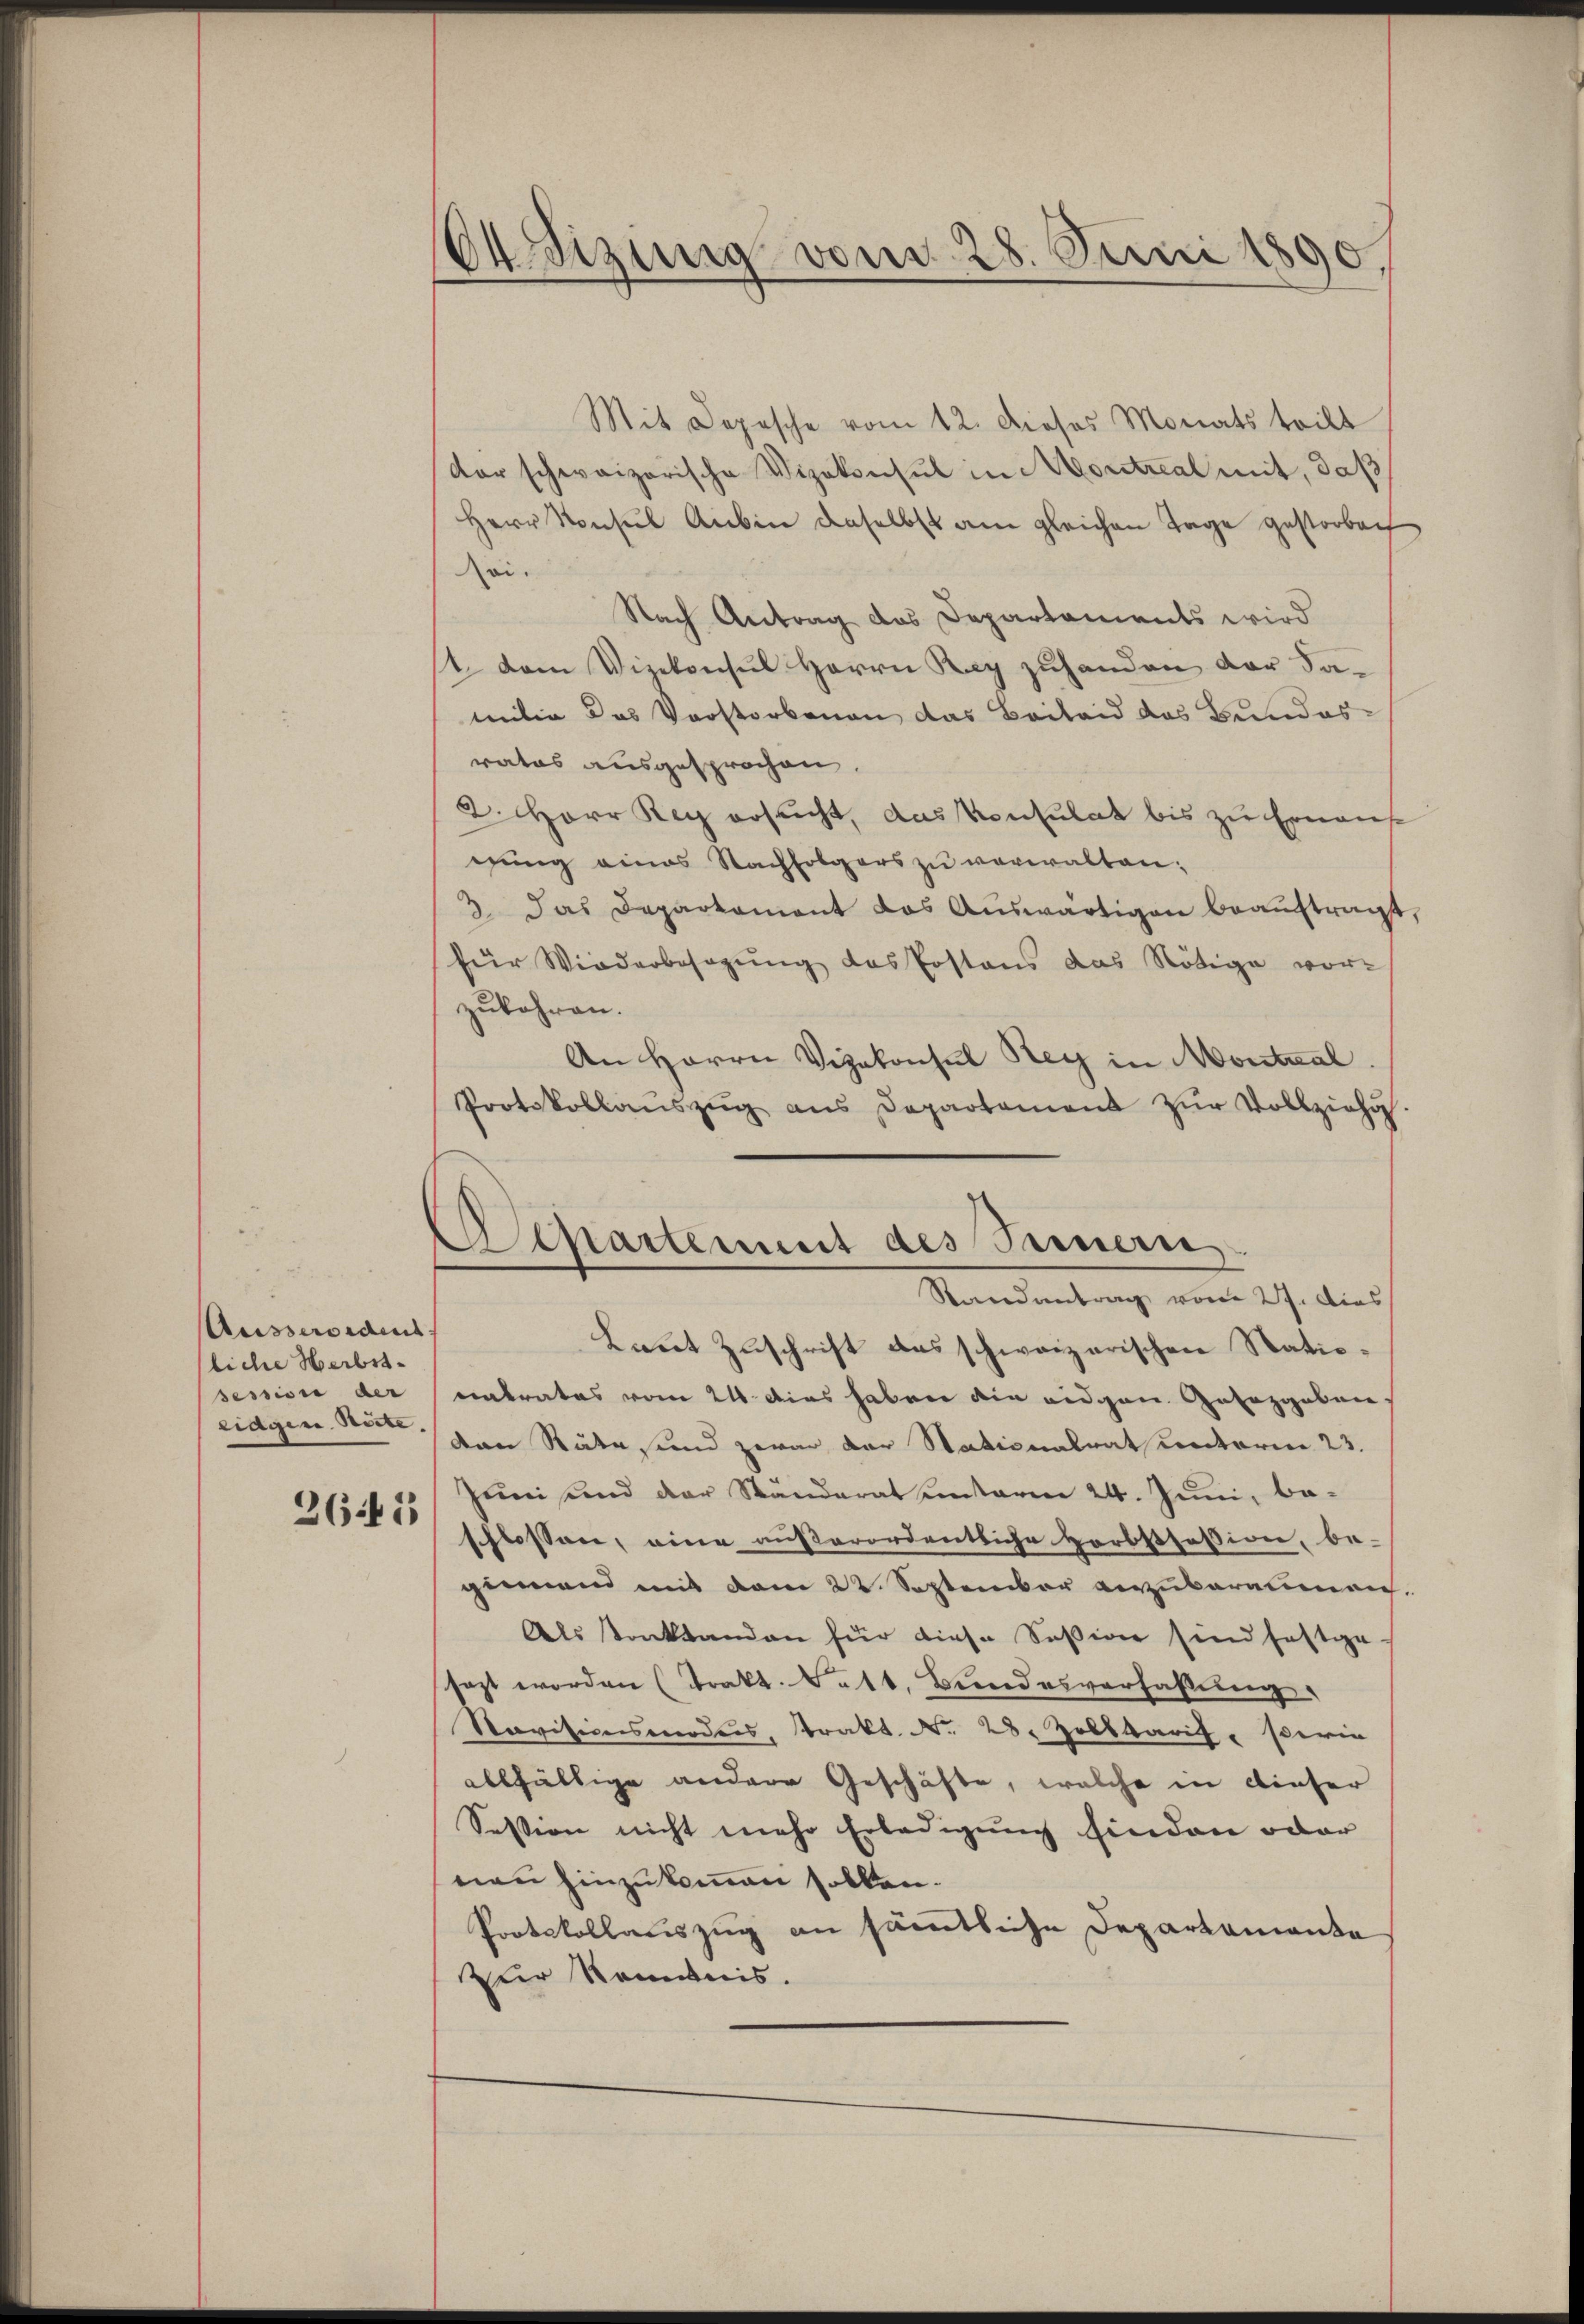
Ausseroident
liche Herbstsession der
eidgen. Seite.

2641

E Sizung vom 28. Juni 1890.

Mit Depesche vom 12. dieses Monats teilt
dor schweizerische Vizekonsul in Moritzeal mit, daß
Herr Konsul Anbin daselbst am gleichen Tage gestorben
oi.
Nach Antrag des Departaments wird
1. Dem Vizekonsul Herrn Ray zuhanden der damilie das Vorstorbenen das Beiland das Bundesratos ausgesprochen.
2. Herr Rey ersucht, das Konsulat bis zu Ernauf
gung eines Nachfolgers zu verwalten.
3 das Departament das Auswärtigen beaŭftragt
für Wiederbesagung des Postens das Nötige vor-
zukehren.
An Herrn Vizekonsul Rey in Montral
Protokollanszŭg ans Departament zŭr Vollziehu
Randantrag vom 27. Dies
Laut Zuschrift das schweizerischen Stationatrates vom 21. dies haben die eidgen. Gesezgeben
den Räte, und zwar der Stationalrat unterm 23.
Juni und der Standerat unterm 24. Juni, beschlossen, eine außerordentliche Horbstfession, be-
gemand mit dem 22. September anzuberaumen
Als stanklanden für diese Session sind festge
sezt worden (Trakt. Satt, Bundesverfaßung
Navisionsmordes, Trakt. N. 28. Zolltarif perie
allfällige andere Geschäfte, welche in dieser
Session nicht mehr Erledigung finden oder
nen hinzukommen sollen.
Protokollauszug an sämtliche Departamente
Zur Kenntnis.

Separtement des Fernern.